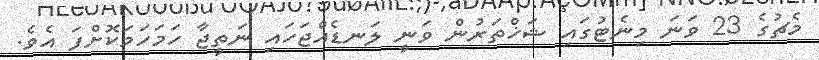
މެޗުގެ 23 ވަނަ މިނެޓުގައި ޝަޚްތަރުން ވަނީ ލަނޑެއްޖަހައި ނަތީޖާ ހަމަހަމަކޮށްފަ އެވެ.